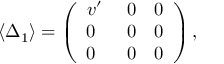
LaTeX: \langle \Delta _ { 1 } \rangle = \left( \begin{array} { c } { { v ^ { \prime } \quad \ 0 \quad 0 } } \\ { { 0 \ \quad \ 0 \quad 0 } } \\ { { 0 \ \quad \ 0 \quad 0 } } \end{array} \right) ,